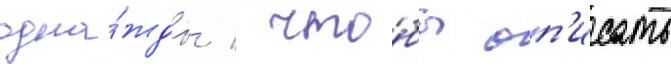
одна́жды / что́бы оп'исать